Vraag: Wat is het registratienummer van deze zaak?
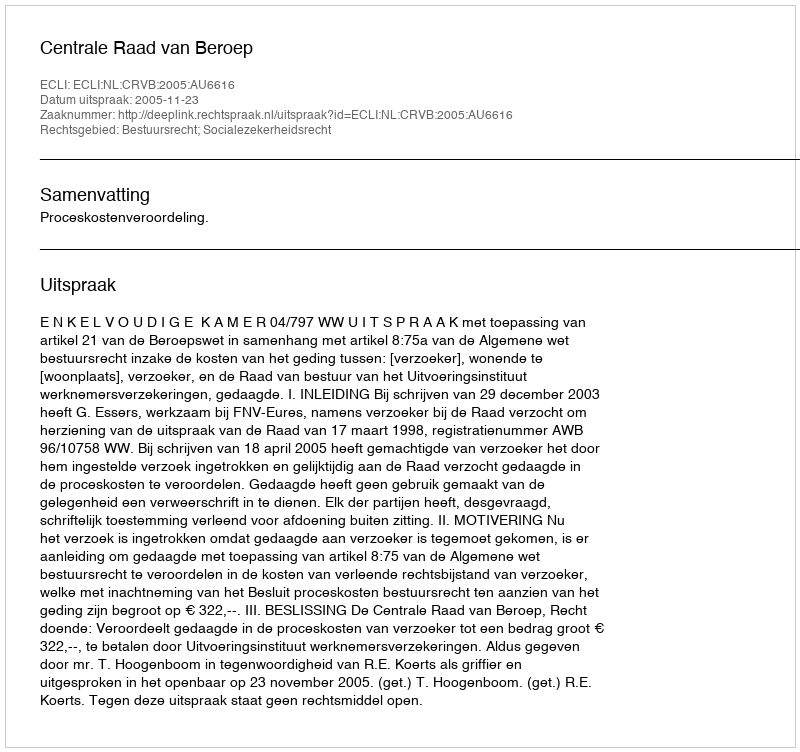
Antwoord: http://deeplink.rechtspraak.nl/uitspraak?id=ECLI:NL:CRVB:2005:AU6616